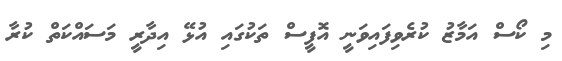
މި ކޯސް އަމާޒު ކުރެވިފައިވަނީ އޮފީސް ތަކުގައި އުޅޭ އިދާރީ މަސައްކަތް ކުރާ